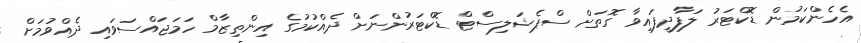
އެހެންކަމުން ޑޮކްޓަރު ލަފާދީފައިވާ ގޮތަށް ސްޕެޝަލިސްޓް ޑޮކްޓަރުންނަށް ދެއްކުމުގެ އިންތިޒާމް ހަމަޖައްސަވައި ދެއްވުމަށް